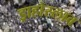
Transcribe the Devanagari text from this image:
ड्राहोस्लाव